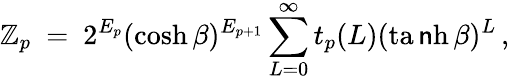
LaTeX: \mathbb{Z}_{p}~=~2^{E_{p}}(\cosh\beta)^{E_{p+1}}\sum_{L=0}^{\infty}t_{p}(L)(\operatorname{ta\mathsf{n}h}\beta)^{L}\, ,